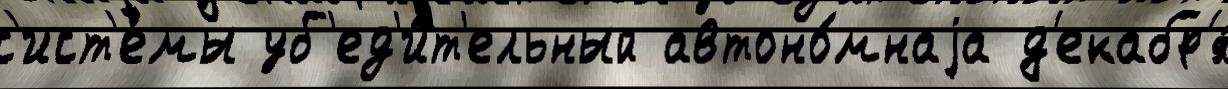
с'ист'е́мы уб'ед'и́т'ельный автоно́мнаjа д'екабр'я́